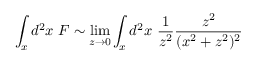
\int _ { x } d ^ { 2 } x \ F \sim \operatorname * { l i m } _ { z \rightarrow 0 } \int _ { x } d ^ { 2 } x \ { \frac { 1 } { z ^ { 2 } } } { \frac { z ^ { 2 } } { ( x ^ { 2 } + z ^ { 2 } ) ^ { 2 } } }